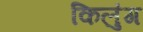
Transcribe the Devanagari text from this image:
किलुंग